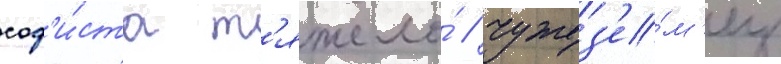
соф'и́ста т'яжело́ / чужез'е́м'ец